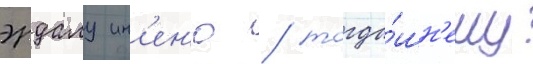
эрдалу ин'ен'ю / тогда́шн'ему